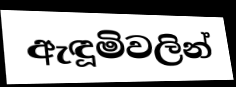
ඇඳූමිවලින්